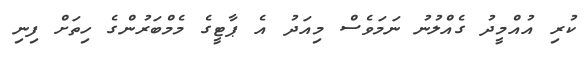
ކުރި އުއްމީދު ގެއްލުނު ނަމަވެސް މިއަދު އެ ޕާޓީގެ މެމްބަރުންގެ ހިތަށް ފިނި